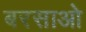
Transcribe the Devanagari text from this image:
बरसाओ